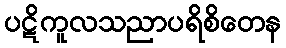
ပဋိကူလသညာပရိစိတေန